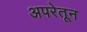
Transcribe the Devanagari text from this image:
अपरेतून